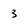
Character: 3